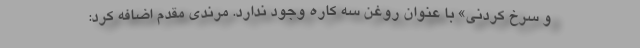
و سرخ کردنی» با عنوان روغن سه کاره وجود ندارد. مرندی مقدم اضافه کرد: